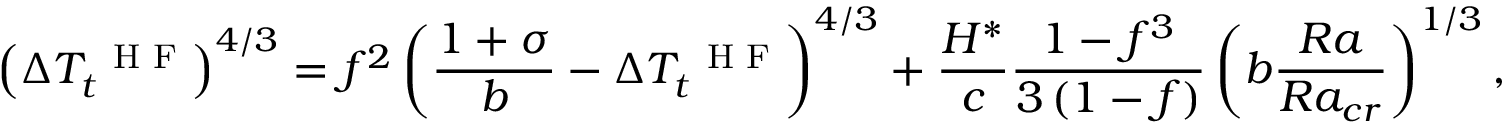
\left( \Delta T _ { t } ^ { \mathrm { ~ \scriptsize ~ H ~ F ~ } } \right) ^ { 4 / 3 } = f ^ { 2 } \left( \frac { 1 + \sigma } { b } - \Delta T _ { t } ^ { \mathrm { ~ \scriptsize ~ H ~ F ~ } } \right) ^ { 4 / 3 } + \frac { H ^ { * } } { c } \frac { 1 - f ^ { 3 } } { 3 \left( 1 - f \right) } \left( b \frac { R a } { R a _ { c r } } \right) ^ { 1 / 3 } ,